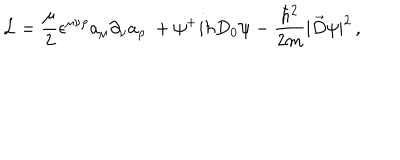
{ \cal L } = { \frac { \mu } { 2 } } \epsilon ^ { \mu \nu \rho } a _ { \mu } \partial _ { \nu } a _ { \rho } \ + \psi ^ { + } i \hbar D _ { 0 } \psi - { \frac { \hbar ^ { 2 } } { 2 m } } | \vec { D } \psi | ^ { 2 } \, ,